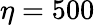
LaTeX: \eta=500